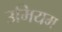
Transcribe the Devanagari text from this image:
उमियम